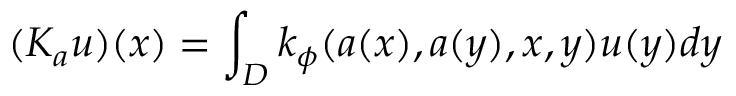
( K _ { a } u ) ( x ) = \int _ { D } k _ { \phi } ( a ( x ) , a ( y ) , x , y ) u ( y ) d y